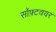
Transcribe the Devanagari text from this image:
सॉफ़्टवयर